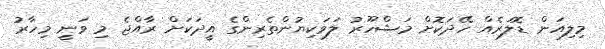
މިލިއަން ޑޮލަރެއް ހޭދަކޮށް މަޝްހޫރު ލަވަކިޔުންތެރިންގެ އީދަކަށް ރާއްޖެ މި ވަނީ މިހާރު